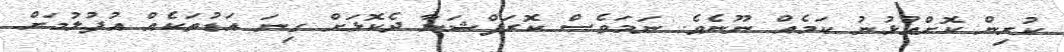
ކުރިން ކޮށްއުޅުނު ކަމެއް ނޫނެވެ. ނަމަވެސް ކޮރަޕްޝަނާ ދެކޮޅަށް ގިނަ އަޑުތަކެއް އުފުލުމަށް